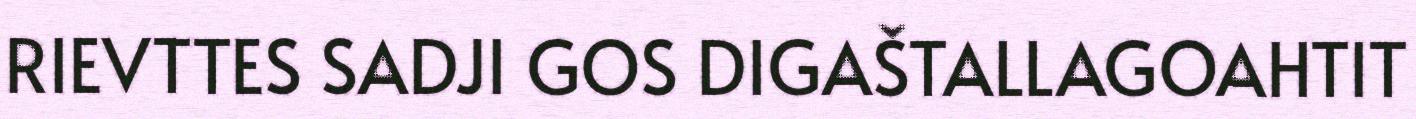
RIEVTTES SADJI GOS DIGAŠTALLAGOAHTIT